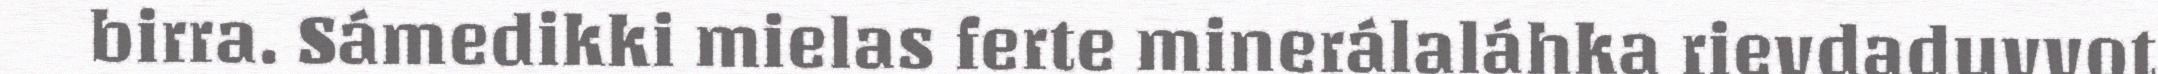
birra. Sámedikki mielas ferte minerálaláhka rievdaduvvot